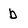
Character: b